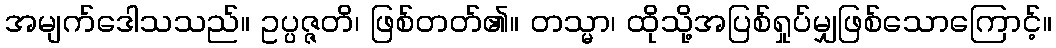
အမျက်ဒေါသသည်။ ဥပ္ပဇ္ဇတိ၊ ဖြစ်တတ်၏။ တသ္မာ၊ ထိုသို့အပြစ်ရှုပ်မျှဖြစ်သောကြောင့်။